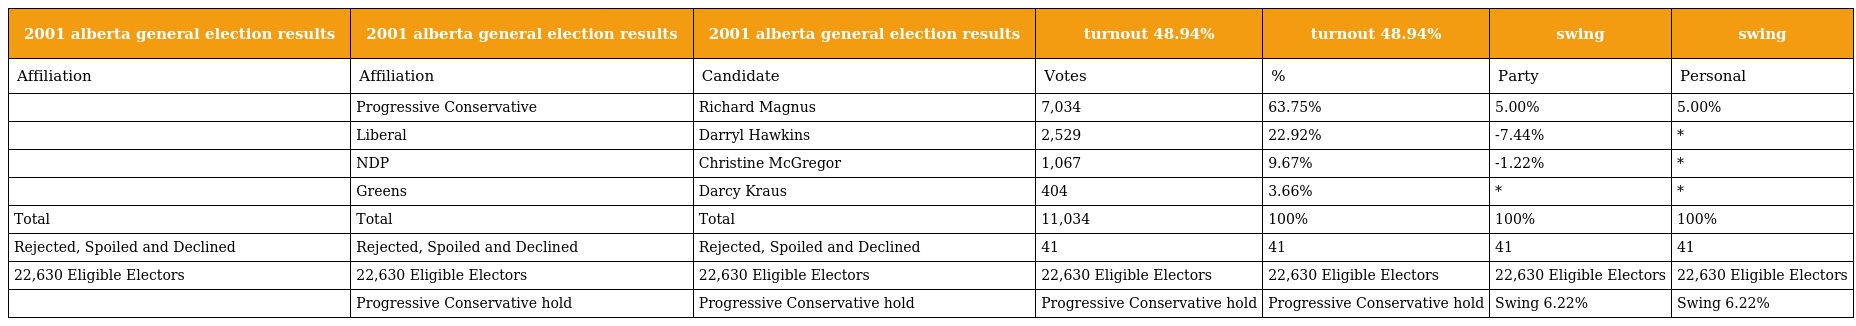
| 2001 alberta general election results | 2001 alberta general election results | 2001 alberta general election results | turnout 48.94% | turnout 48.94% | swing | swing |
 | --- | --- | --- | --- | --- | --- | --- |
 | Affiliation | Affiliation | Candidate | Votes | % | Party | Personal |
 |  | Progressive Conservative | Richard Magnus | 7,034 | 63.75% | 5.00% | 5.00% |
 |  | Liberal | Darryl Hawkins | 2,529 | 22.92% | -7.44% | * |
 |  | NDP | Christine McGregor | 1,067 | 9.67% | -1.22% | * |
 |  | Greens | Darcy Kraus | 404 | 3.66% | * | * |
 | Total | Total | Total | 11,034 | 100% | 100% | 100% |
 | Rejected, Spoiled and Declined | Rejected, Spoiled and Declined | Rejected, Spoiled and Declined | 41 | 41 | 41 | 41 |
 | 22,630 Eligible Electors | 22,630 Eligible Electors | 22,630 Eligible Electors | 22,630 Eligible Electors | 22,630 Eligible Electors | 22,630 Eligible Electors | 22,630 Eligible Electors |
 |  | Progressive Conservative hold | Progressive Conservative hold | Progressive Conservative hold | Progressive Conservative hold | Swing 6.22% | Swing 6.22% |